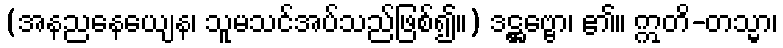
(အနညနေယျေန၊ သူမသင်အပ်သည်ဖြစ်၍။) ဒဋ္ဌဗ္ဗော၊ ၏။ ဣတိ-တသ္မာ၊